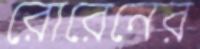
রোরেনের